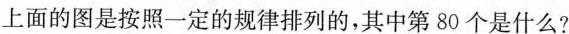
上面的图是按照一定的规律排列的，其中第80个是什么?